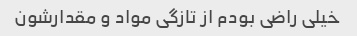
خیلی راضی بودم از تازگی مواد و مقدارشون